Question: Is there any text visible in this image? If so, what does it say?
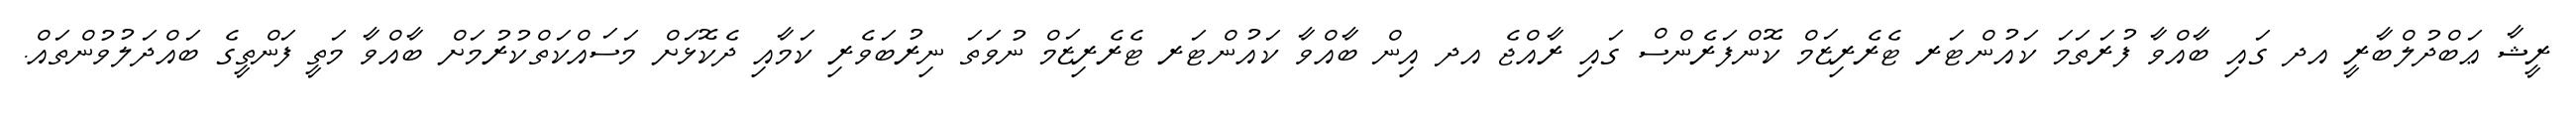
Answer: ރީޝާ ޢަބްދުލްބާރީ އދ ގައި ބާއްވާ ފުރަތަމަ ކައުންޓަރ ޓެރެރިޒަމް ކޮންފަރެންސް ގައި ރާއްޖެ އދ އިން ބާއްވާ ކައުންޓަރ ޓެރެރިޒަމް ނުވަތަ ނިރުބަވެރި ކަމާއި ދެކޮޅަށް މަސައްކަތްކުރުމަށް ބާއްވާ މަތީ ފަންތީގެ ބައްދަލުވުންތައް.